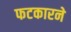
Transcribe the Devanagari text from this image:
फटकारने